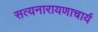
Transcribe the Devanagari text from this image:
सत्यनारायणाचार्य